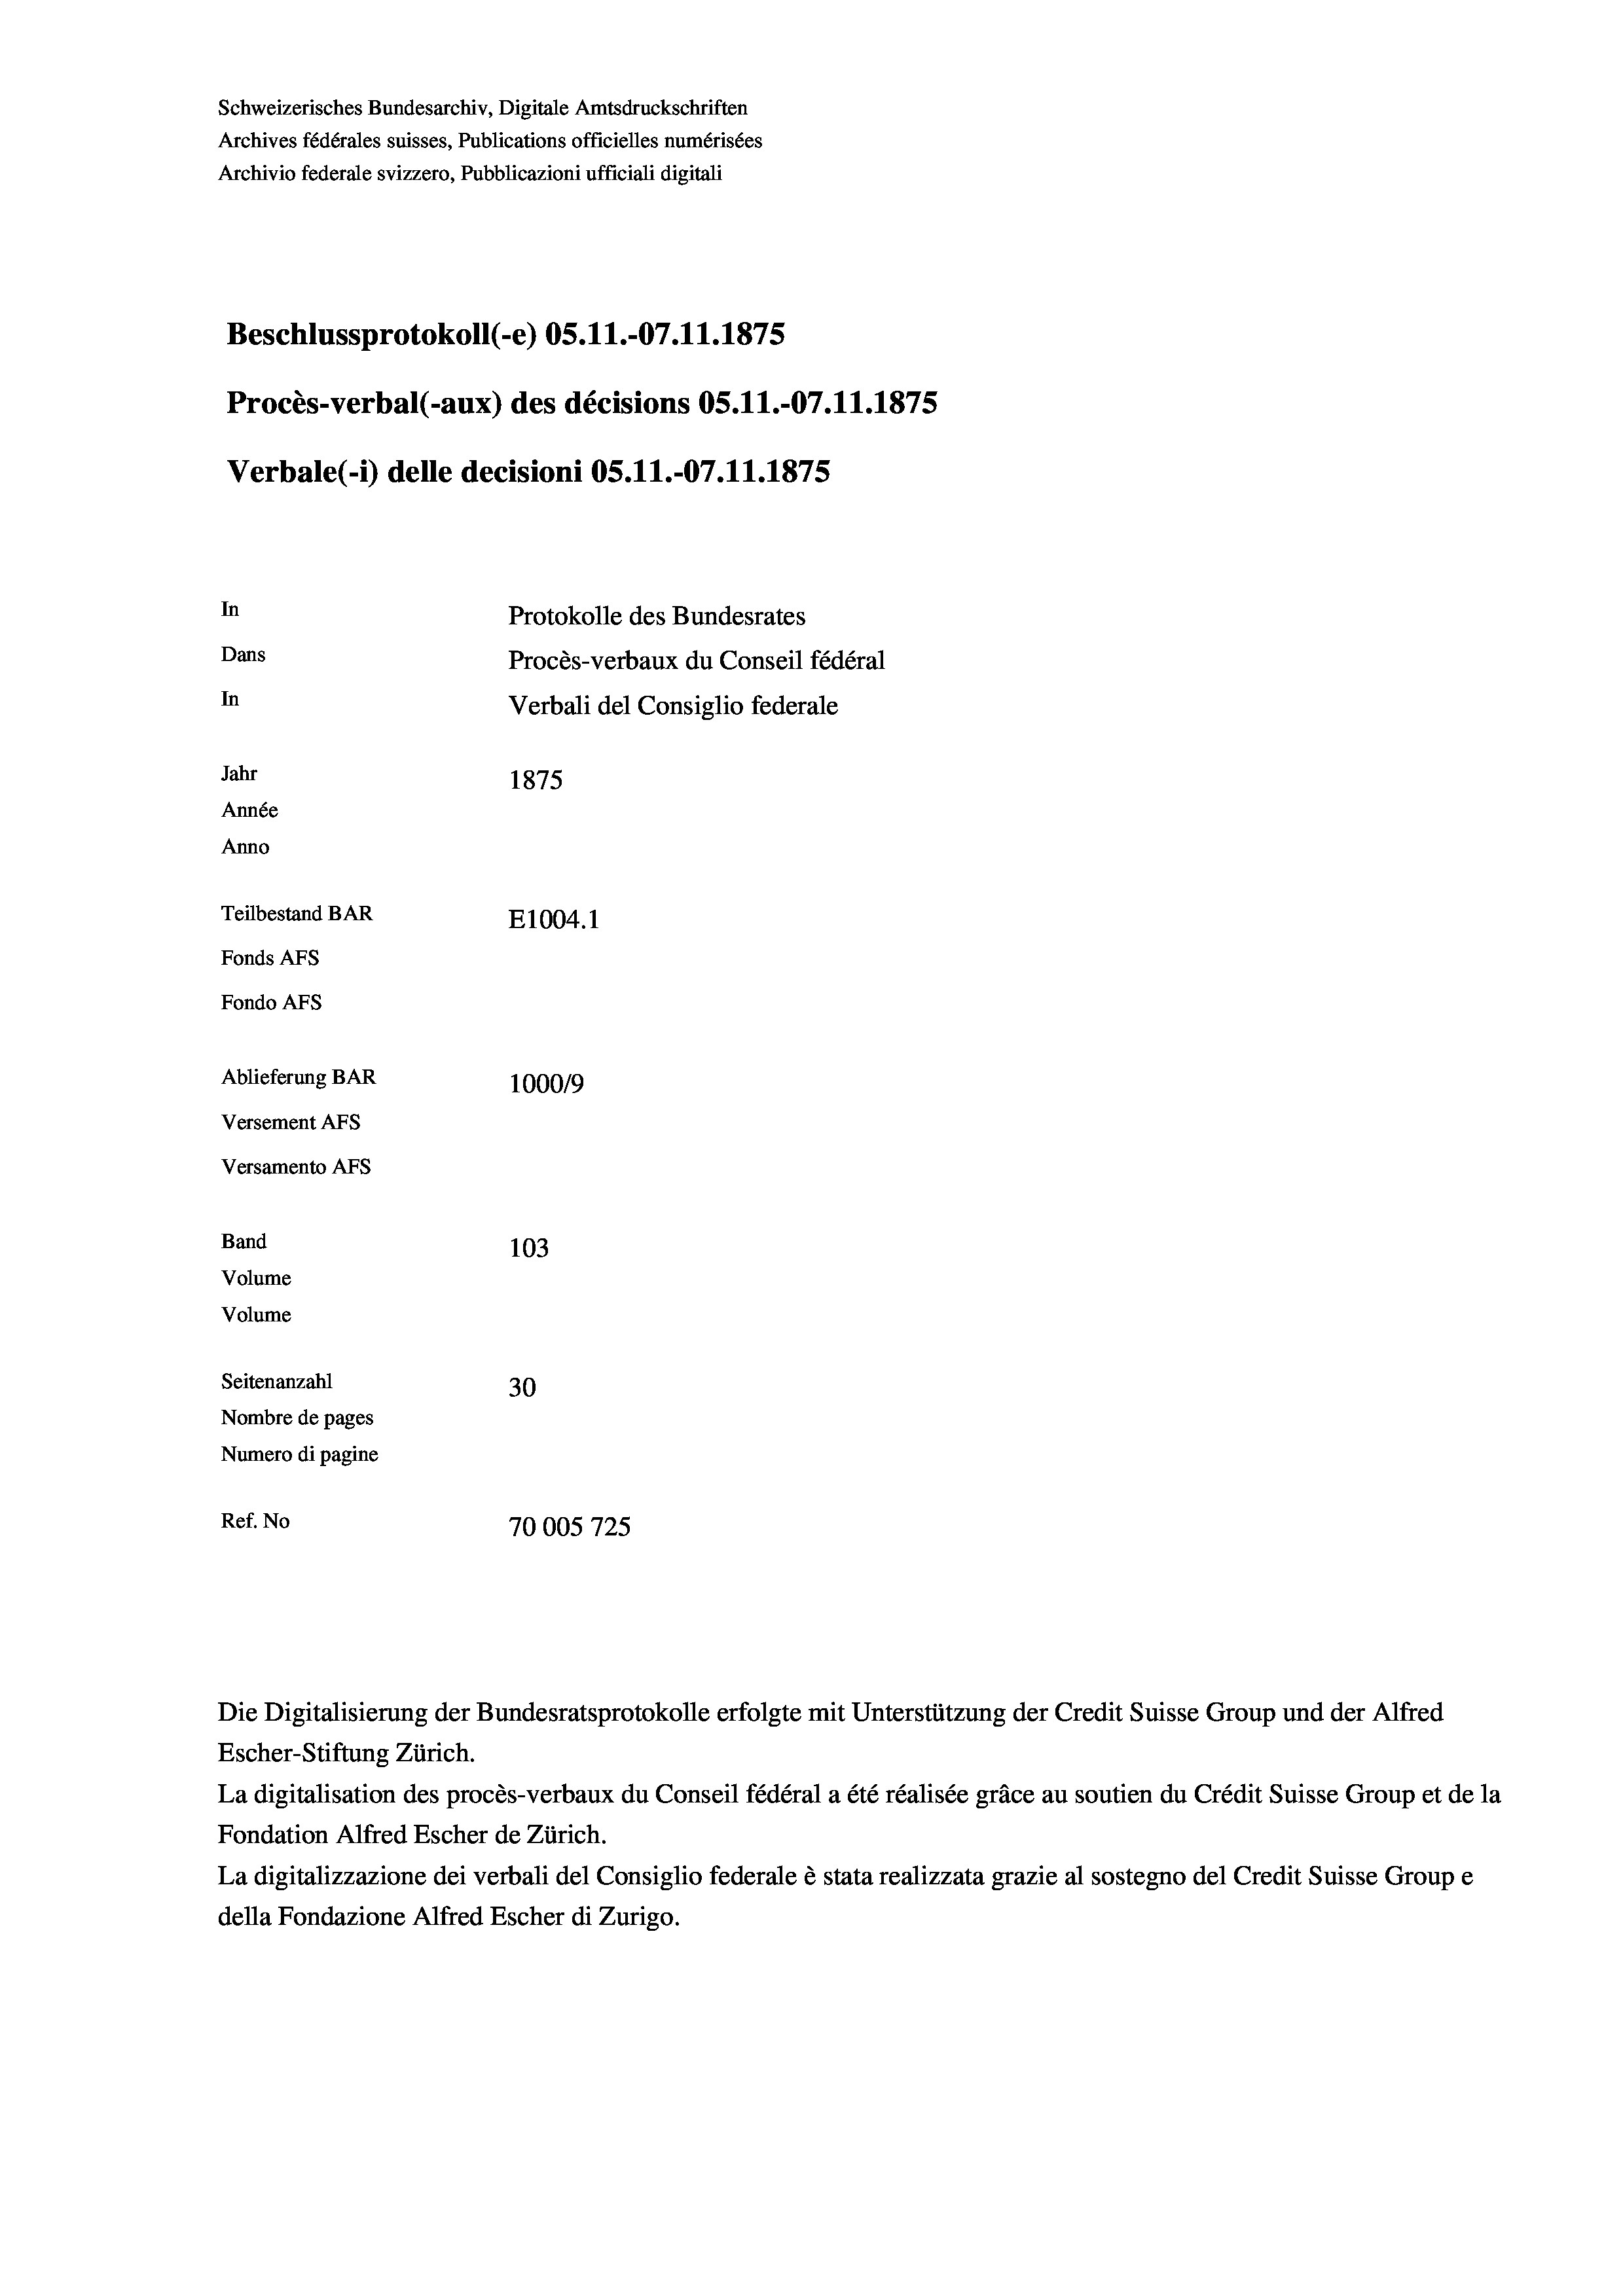
Schweizerisches Bundesarchiv, Digitale Amtsdruckschriften
Archives fédérales suisses, Publications officielles numérisées
Archivio federale svizzero, Pubblicazioni ufficiali digitali
Beschlussprotokoll (e) OS.11.-07.11.1875
Procès-verbal (-aux) des décisions OS.11.-07.11.1875
Verbale (- 1) delle decisioni OS.11.-07.11.1875
In
Protokolle des Bundesrates
Dans
Procès-verbaux du Conseil fédéral
In
Verbali del Consiglio federale
Jahr
1875
Année
Anno
Teilbestand BAR
E1004. 1
Fonds AFs
Fondo AFS
Ablieferung BAR
100019
Versement AFs
Versamento AFs
Band
103

Seitenanzahl
30
Nombre de pages
Numero di pagine
Ref. No
70005725

Volume
Volume

Die Digitalisierung der Bundesratsprotokolle erfolgte mit Unterstützung der Credit Suisse Group und der Alfred
Escher-Stiftung Zürich.
La digitalisation des procès-verbaux du Conseil fédéral a été réalisée gräce au soutien du Crédit Suisse Group et de la
Fondation Alfred Escher de Zürich.
La digitalizzazione dei verbali del Consiglio federale è stata realizzata grazie al sostegno del Credit Suisse Groupe
della Fondazione Alfred Escher di Zurigo.